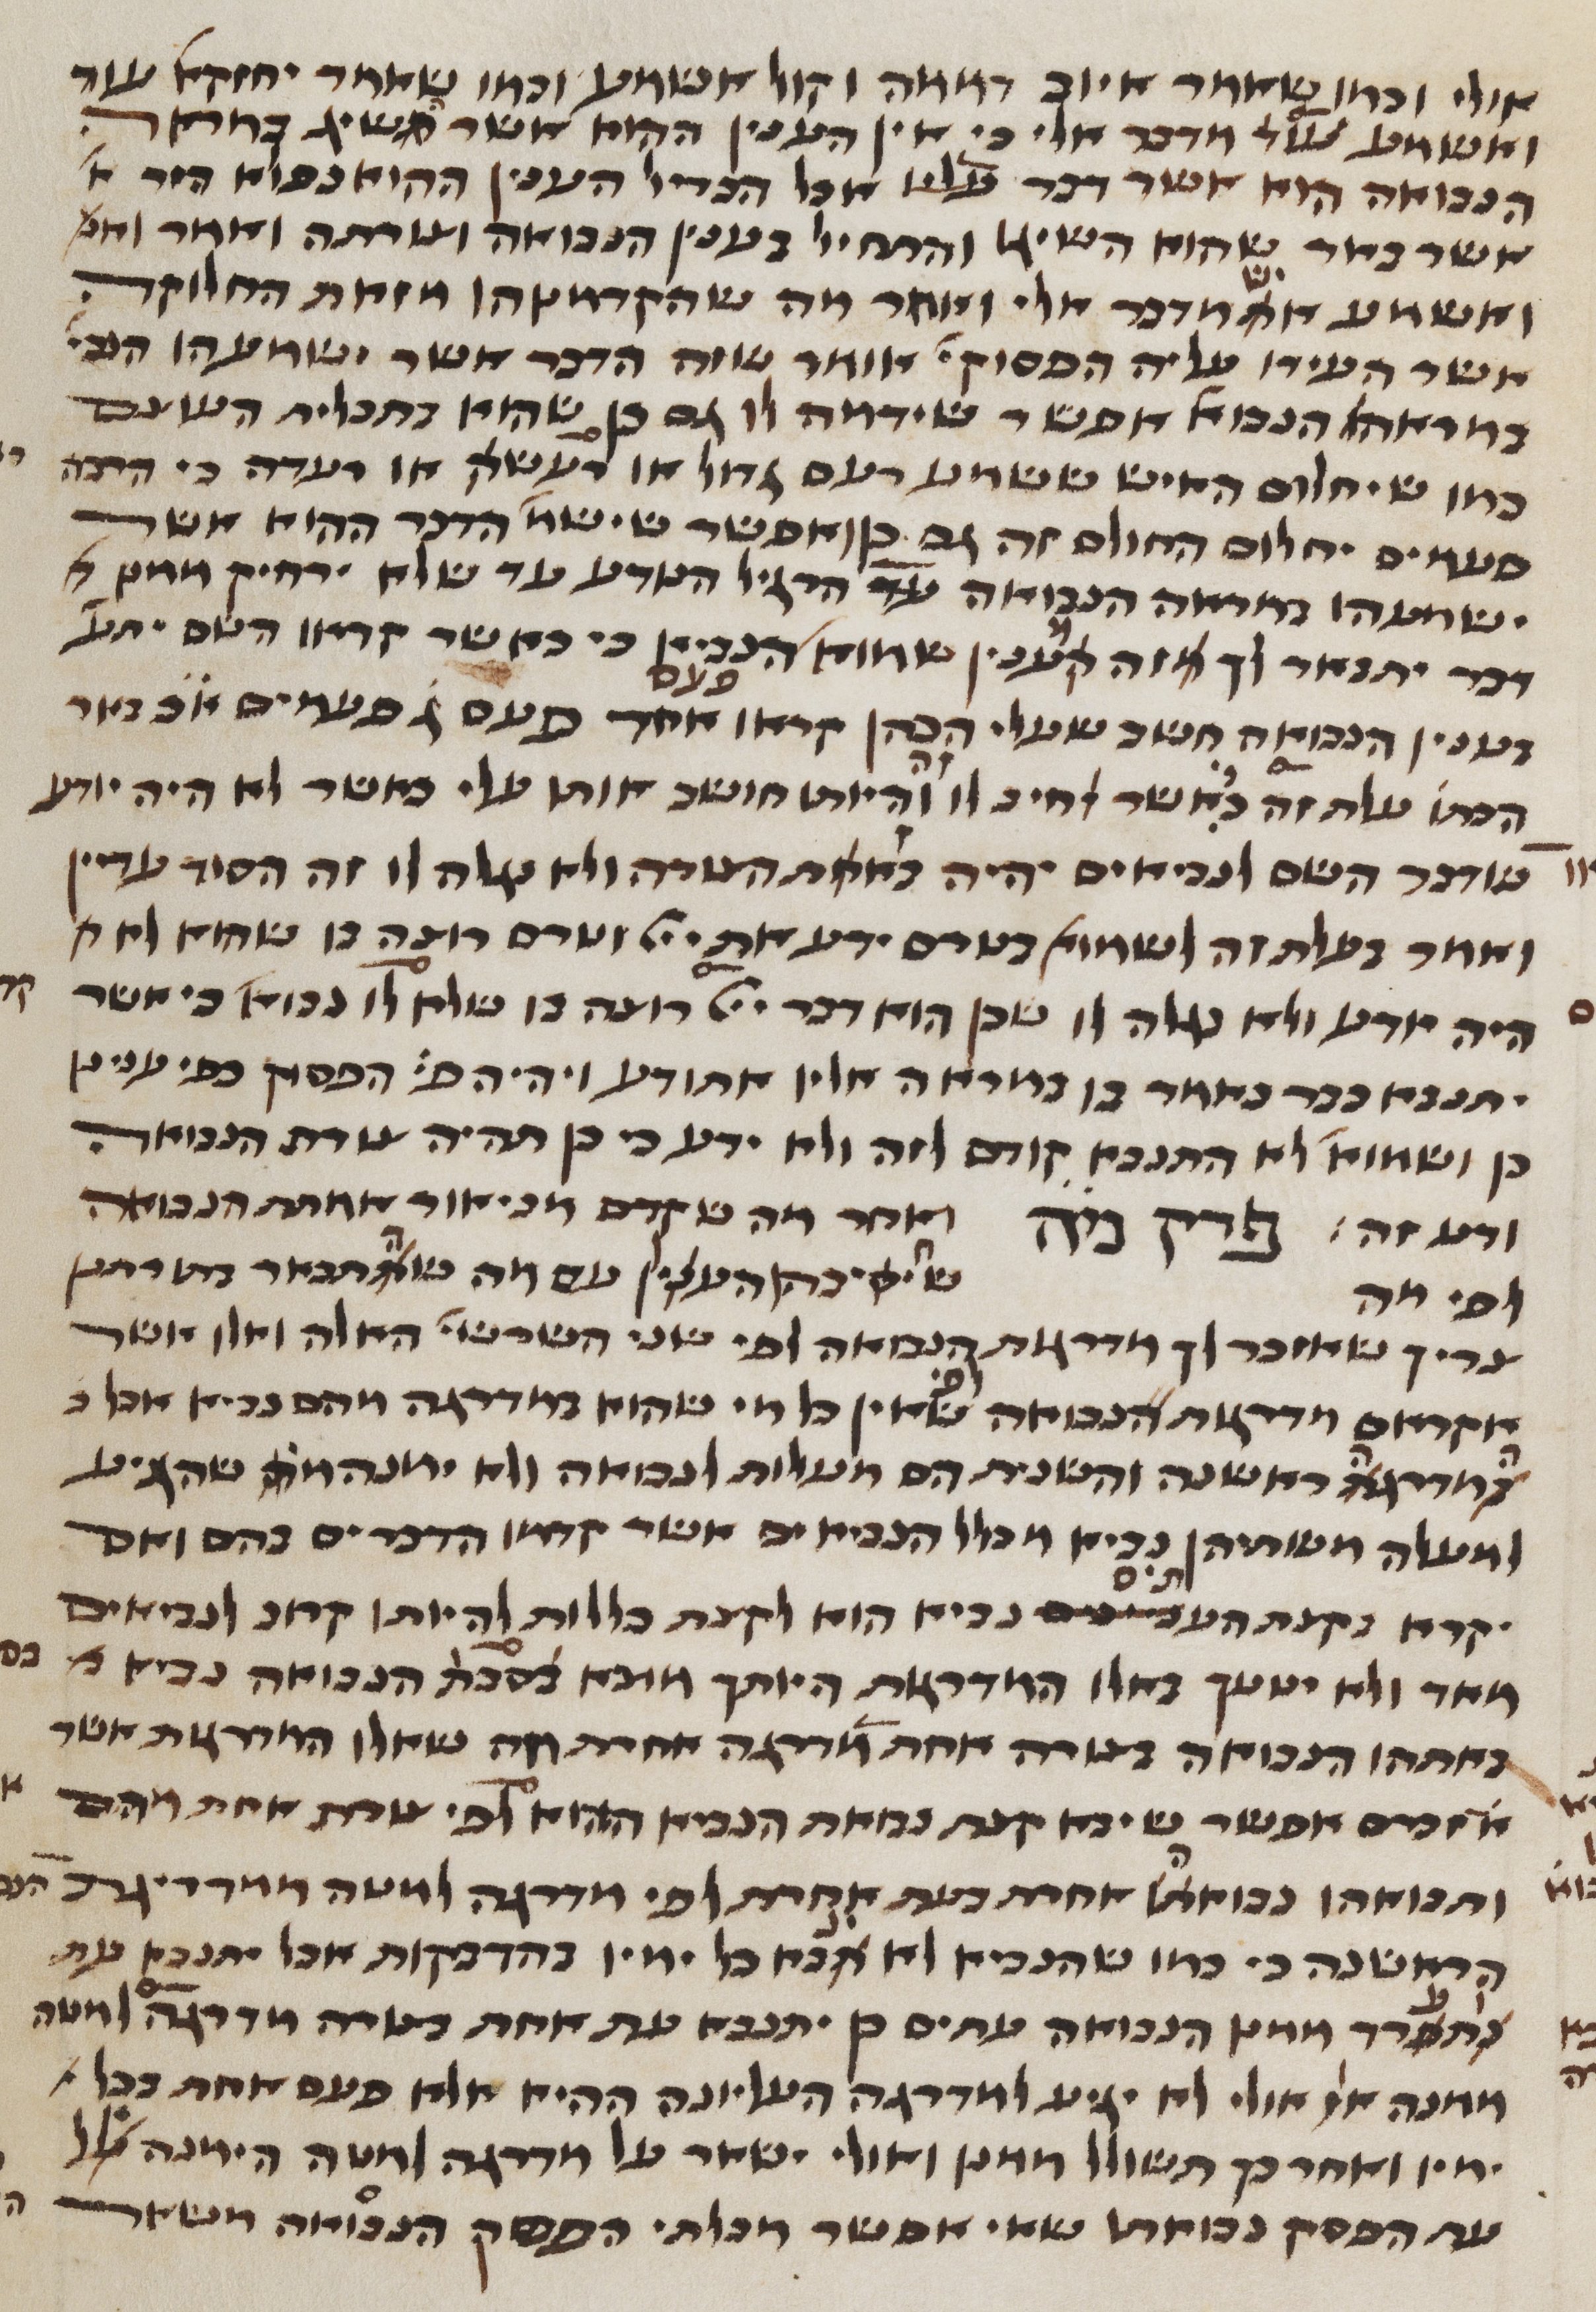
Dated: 1450–1499